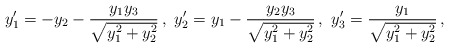
\begin{align*}y_1'=-y_2-\frac{y_1 y_3}{\sqrt{y_1^2+y_2^2}} \,,~y_2'=y_1-\frac{y_2 y_3}{\sqrt{y_1^2+y_2^2}} \,, ~y_3'=\frac{y_1}{\sqrt{y_1^2+y_2^2}} \,,\end{align*}